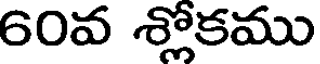
60వ శ్లోకము